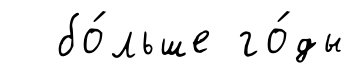
бо́льше го́ды